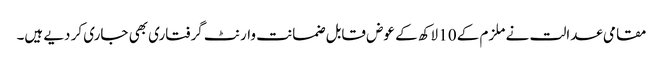
مقامی عدالت نے ملزم کے 10 لاکھ کے عوض قابل ضمانت وارنٹ گرفتاری بھی جاری کر دیے ہیں۔